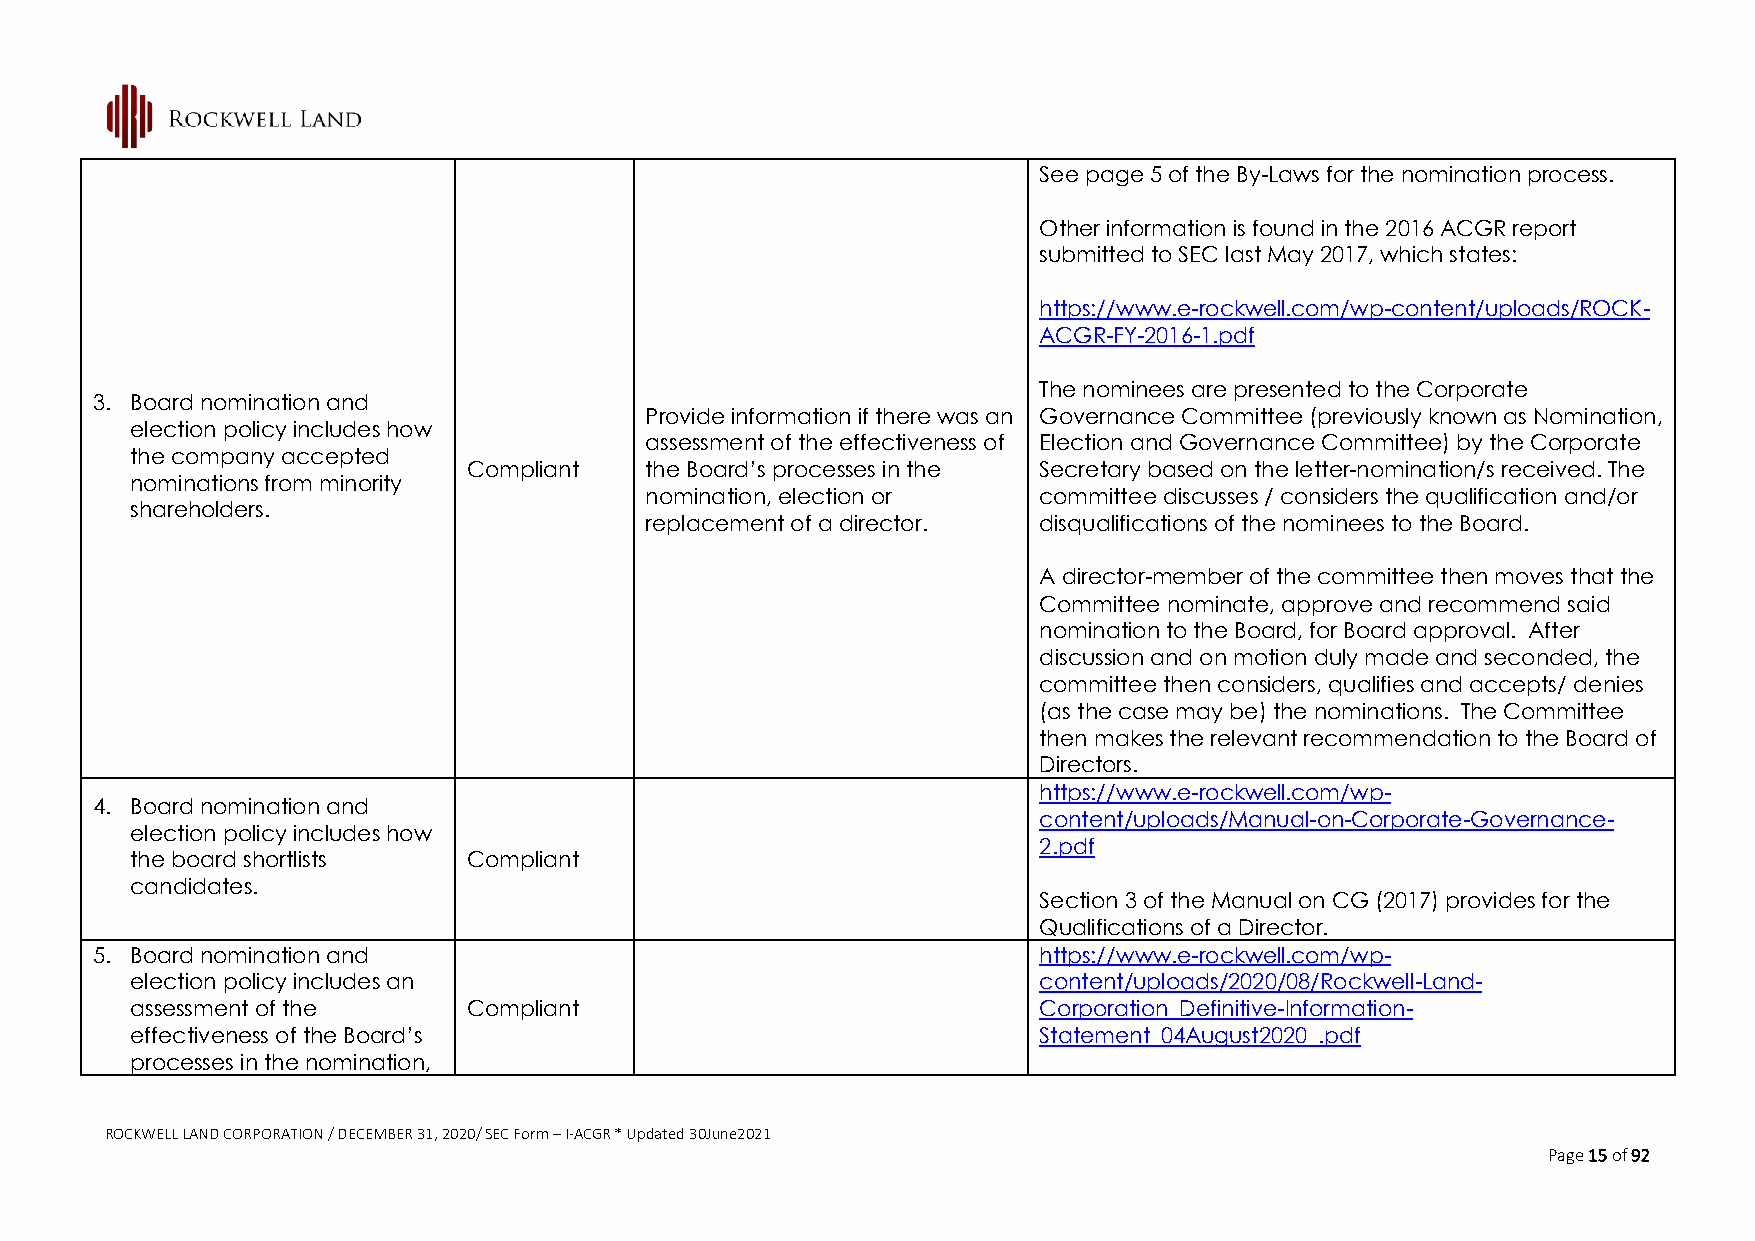
See page 5 of the By-Laws for the nomination process.
 Other information is found in the 2016 ACGR report
 submitted to SEC last May 2017, which states:
 https://www.e-rockwell.com/wp-content/uploads/ROCK-
 ACGR-FY-2016-1.pdf
 The nominees are presented to the Corporate
 3. Board nomination and
 Provide information if there was an Governance Committee (previously known as Nomination,
 election policy includes how
 assessment of the effectiveness of Election and Governance Committee) by the Corporate
 the company accepted
 Compliant   the Board’s processes in the Secretary based on the letter-nomination/s received. The
 nominations from minority
 nomination, election or   committee discusses / considers the qualification and/or
 shareholders.
 replacement of a director. disqualifications of the nominees to the Board.
 A director-member of the committee then moves that the
 Committee nominate, approve and recommend said
 nomination to the Board, for Board approval. After
 discussion and on motion duly made and seconded, the
 committee then considers, qualifies and accepts/ denies
 (as the case may be) the nominations. The Committee
 then makes the relevant recommendation to the Board of
 Directors.
 https://www.e-rockwell.com/wp-
 4. Board nomination and
 content/uploads/Manual-on-Corporate-Governance-
 election policy includes how
 2.pdf
 the board shortlists  Compliant
 candidates.
 Section 3 of the Manual on CG (2017) provides for the
 Qualifications of a Director.
 5. Board nomination and                                        https://www.e-rockwell.com/wp-
 election policy includes an                                 content/uploads/2020/08/Rockwell-Land-
 assessment of the     Compliant                             Corporation_Definitive-Information-
 effectiveness of the Board’s                                Statement_04August2020_.pdf
 processes in the nomination,
 ROCKWELL LAND CORPORATION / DECEMBER 31, 2020/ SEC Form – I-ACGR * Updated 30June2021
 Page 15 of 92